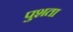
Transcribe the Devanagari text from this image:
पुशता